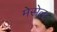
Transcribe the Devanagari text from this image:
मेसेल